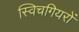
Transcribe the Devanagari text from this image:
स्विचगियरों